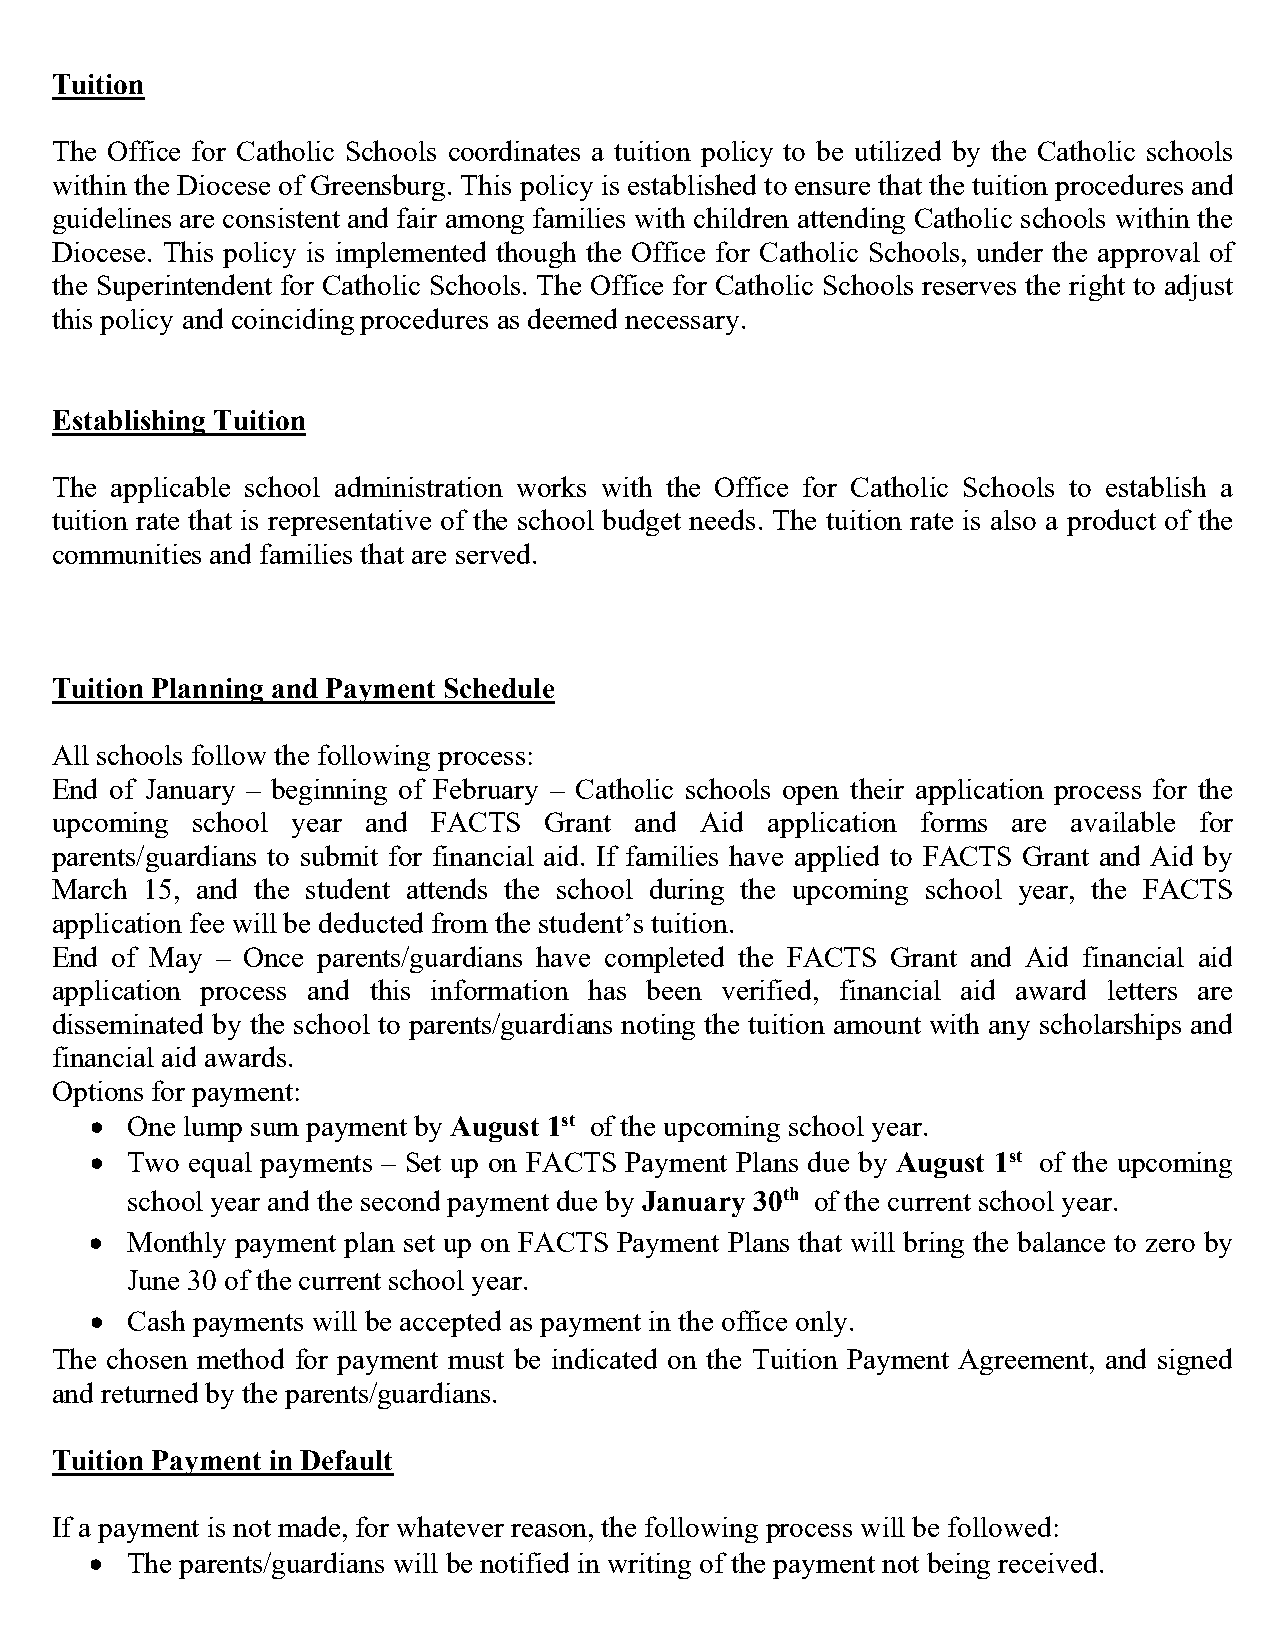
Tuition
 The Office for Catholic Schools coordinates a tuition policy to be utilized by the Catholic schools
 within the Diocese of Greensburg. This policy is established to ensure that the tuition procedures and
 guidelines are consistent and fair among families with children attending Catholic schools within the
 Diocese. This policy is implemented though the Office for Catholic Schools, under the approval of
 the Superintendent for Catholic Schools. The Office for Catholic Schools reserves the right to adjust
 this policy and coinciding procedures as deemed necessary.
 Establishing Tuition
 The applicable school administration works with the Office for Catholic Schools to establish a
 tuition rate that is representative of the school budget needs. The tuition rate is also a product of the
 communities and families that are served.
 Tuition Planning and Payment Schedule
 All schools follow the following process:
 End of January – beginning of February – Catholic schools open their application process for the
 upcoming  school year and FACTS  Grant and Aid  application forms are available for
 parents/guardians to submit for financial aid. If families have applied to FACTS Grant and Aid by
 March  15, and the student attends the school during the upcoming school year, the FACTS
 application fee will be deducted from the student’s tuition.
 End of May – Once parents/guardians have completed the FACTS Grant and Aid financial aid
 application process and this information has been verified, financial aid award letters are
 disseminated by the school to parents/guardians noting the tuition amount with any scholarships and
 financial aid awards.
 Options for payment:
 • One lump sum payment by August 1st of the upcoming school year.
 • Two  equal payments – Set up on FACTS Payment Plans due by August 1st of the upcoming
 school year and the second payment due by January 30th of the current school year.
 • Monthly payment plan set up on FACTS Payment Plans that will bring the balance to zero by
 June 30 of the current school year.
 • Cash payments will be accepted as payment in the office only.
 The chosen method for payment must be indicated on the Tuition Payment Agreement, and signed
 and returned by the parents/guardians.
 Tuition Payment in Default
 If a payment is not made, for whatever reason, the following process will be followed:
 • The parents/guardians will be notified in writing of the payment not being received.